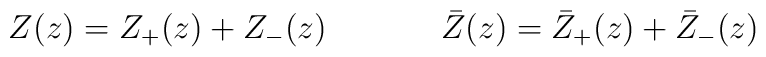
\begin{array}{cc}Z(z)=Z_{+}(z)+Z_{-}(z)~~~~&~~~~\bar{Z}(z)=\bar{Z}_{+}(z)+\bar{Z}_{-}(z)\end{array}